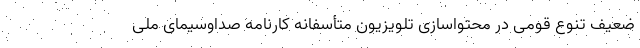
ضعیف تنوع قومی در محتواسازی تلویزیون متأسفانه کارنامه صداوسیمای ملی